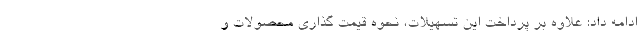
ادامه داد: علاوه بر پرداخت این تسهیلات، نحوه قیمت گذاری محصولات و